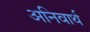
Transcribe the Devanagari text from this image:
अनिवार्थ